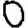
Digit: 0